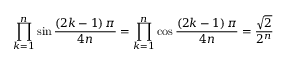
\prod _ { k = 1 } ^ { n } \sin { \frac { \left( 2 k - 1 \right) \pi } { 4 n } } = \prod _ { k = 1 } ^ { n } \cos { \frac { \left( 2 k - 1 \right) \pi } { 4 n } } = { \frac { \sqrt { 2 } } { 2 ^ { n } } }